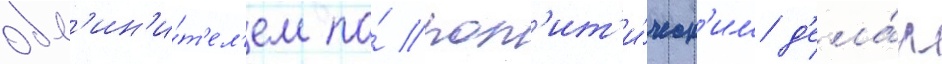
обв'ин'и́т'ел'ем по́ пол'ит'и́ческ'им д'ела́м